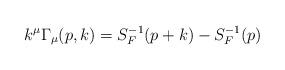
LaTeX: \begin{align*}k^\mu \Gamma_\mu(p,k)=S_F^{-1}(p+k)-S_F^{-1}(p)\end{align*}